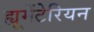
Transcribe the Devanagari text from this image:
ह्यूमेंटेरियन